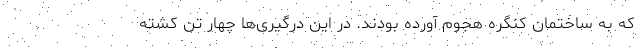
که به ساختمان کنگره هجوم آورده بودند. در این درگیری‌ها چهار تن کشته